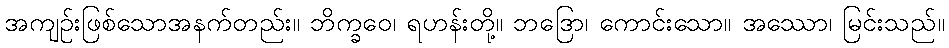
အကျဉ်းဖြစ်သောအနက်တည်း။ ဘိက္ခဝေ၊ ရဟန်းတို့။ ဘဒြော၊ ကောင်းသော။ အဿော၊ မြင်းသည်။